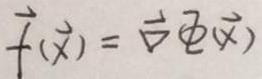
$\vec{f}(\vec{x}) = \vec{\nabla} \mathcal{E}(\vec{x})$